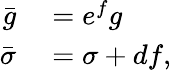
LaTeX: \begin{array}{rl}{\bar{g}}&{{}=e^{f}g}\\ {\bar{\sigma}}&{{}=\sigma+df,}\end{array}